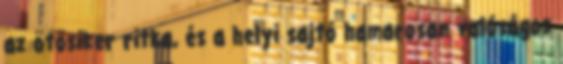
az ötösiker ritka, és a helyi sajtó hamarosan valóságos